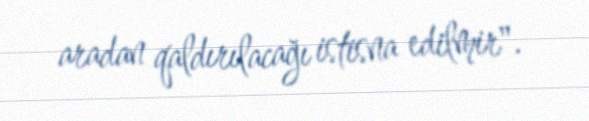
aradan qaldırılacağı istisna edilmir".